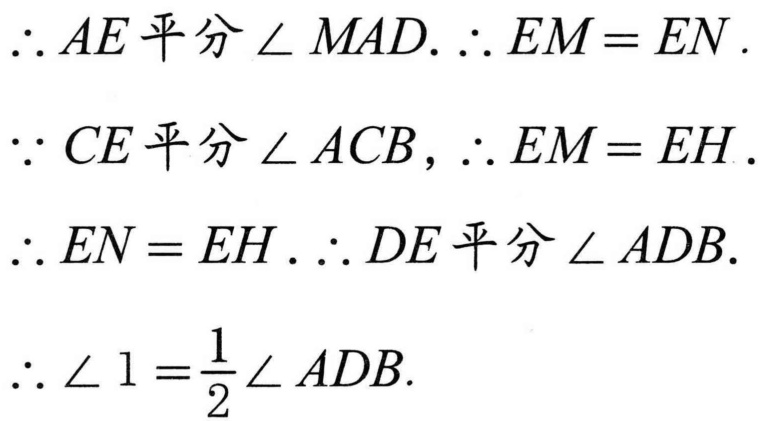
\(\therefore AE平分\angle MAD.\therefore EM = EN.\)
\(\because CE平分\angle ACB,\therefore EM = EH.\)
\(\therefore EN = EH.\therefore DE平分\angle ADB.\)
\(\therefore \angle 1=\frac{1}{2}\angle ADB.\)